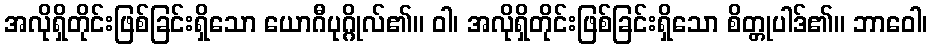
အလိုရှိတိုင်းဖြစ်ခြင်းရှိသော ယောဂီပုဂ္ဂိုလ်၏။ ဝါ၊ အလိုရှိတိုင်းဖြစ်ခြင်းရှိသော စိတ္တုပါဒ်၏။ ဘာဝေါ၊